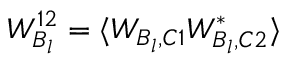
W _ { B _ { l } } ^ { 1 2 } = \langle W _ { B _ { l } , C 1 } W _ { B _ { l } , C 2 } ^ { * } \rangle